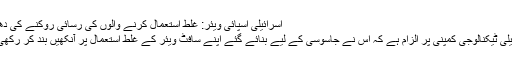
اسرائیلی اسپائی ویئر: غلط استعمال کرنے والوں کی رسائی روکنے کی دھمکی
اسرائیلی ٹیکنالوجی کمپنی پر الزام ہے کہ اس نے جاسوسی کے لیے بنائے گئے اپنے سافٹ ویئر کے غلط استعمال پر آنکھیں بند کر رکھی ہیں۔